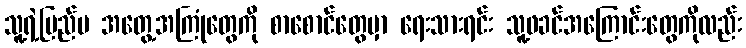
သူ့ရဲ့ပြည်ပ အတွေ့အကြုံတွေကို စာစောင်တွေမှာ ရေးသားရင်း သူ့ဖခင်အကြောင်းတွေကိုလည်း